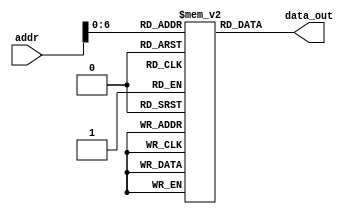
module InstMem (input [7:0] addr, output [31:0] data_out);
 reg [31:0] mem [0:70];
 assign data_out = mem[addr];
 
 initial begin

     //addi x1,x0,1
     //0
     mem[0] = 32'h0x00000013;
     mem[1]=32'h0x00100093 ;
     //addi x2,x0,5
     //4
     mem[2]= 32'h0x00500113 ;
     //addi x3,x0,20
     //8
     mem[3] = 32'h0x01400193;
     //addi x4,x0,1787
     //12
     mem[4] = 32'h0x6fb00213;
     //addi x5,x0,-1234
     //16
     mem[5] = 32'h0xb2e00293;
     //addi x30,x0,-5
     //20
     mem[6] = 32'h0xffb00f13;
     //and x6,x4,x2
     //24
     mem[7] = 32'h0x00227333;
     //andi x6,x4,5
     //28
     mem[8] = 32'h0x00527313;
     //or x7,x3,x1
     //32
     mem[9] = 32'h0x0011e3b3;
     //ori x7, x3, 65
     //36
     mem[10] = 32'h0x0411e393;
     
     //sra x8,x5,x2
     //40
     mem[11]=32'h0x4022d433 ;
     //srai x8,x8,2
     //44
     mem[12]= 32'h0x40245413 ;
     //srl x8,x8,x1
     //48
     mem[13] = 32'h0x00145433;
     //srli x8,x8,3
     //52
     mem[14] = 32'h0x00345413;
     //sll x9,x3,x2
     //56
     mem[15] = 32'h0x002194b3;
     //slli x9,x9,4
     //60
     mem[16] = 32'h0x00449493;
     //xor x10,x4,x5
     //64
     mem[17] = 32'h0x00524533;
     //xori x10,x10,436
     //68
     mem[18] = 32'h0x1b454513;
     //sltu x11,x3,x5
     //72
     mem[19] = 32'h0x0051b5b3;
     //sltiu x11,x4,-463
     //76
     mem[20] = 32'h0xe3123593;
     
     
      //slt x12,x5,x3
      //80
      mem[21]=32'h0x0032a633 ;
      //slti x12,x5,-2
      //84
      mem[22]= 32'h0xffe2a613 ;
      //sub x13,x5,x4
      //88
      mem[23] = 32'h0x404286b3;
      //add x14, x9,x8
      //92
      mem[24] = 32'h0x00848733;
      //sw x5,0(x0)
      //96
      mem[25] = 32'h0x00502023;
      //sh x6,2(x3)
      //100
      mem[26] = 32'h0x00619123;
      //sb x3,1(x3)
      //104
      mem[27] = 32'h0x003180a3;
      //lw x15,0(x0)
      //108
      mem[28] = 32'h0x00002783;
      //lh x16,2(x3)
      //112
      mem[29] = 32'h0x00219803;
      //lb x17,1(x3)
      //116
      mem[30] = 32'h0x00118883;
      
      
      //lhu x18,0(x0)
      //120
      mem[31]=32'h0x00005903 ;
      //lbu x19,3(x0)
      //124
      mem[32]= 32'h0x00304983 ;
      //beq x0,x0,12
      //128
      mem[33] = 32'h0x00000663;
      //addi x0,x0,0
      //132
      mem[34] = 32'h0x00000013;
      //addi x0,x0,0
      //136
      mem[35] = 32'h0x00000013;
      //bne x0,x1,12
      //140
      mem[36] = 32'h0x00101663;
      //addi x0,x0,0
      //144
      mem[37] = 32'h0x00000013;
      //addi x0,x0,0
      //148
      mem[38] = 32'h0x00000013;
      //blt x5,x2,12
      //152
      mem[39] = 32'h0x0022c663;
      //addi x0,x0,0
      //156
      mem[40] = 32'h0x00000013;
      

      //addi x0,x0,0
      //160
      mem[41]=32'h0x00000013 ;
      //bge x4,x1,12
      //164
      mem[42]= 32'h0x00125663 ;
      //addi x0,x0,0
      //168
      mem[43] = 32'h0x00000013;
      //addi x0,x0,0
      //172
      mem[44] = 32'h0x00000013;
      //bltu x2,x5,12
      //176
      mem[45] = 32'h0x00516663;
      //addi x0,x0,0
      //180
      mem[46] = 32'h0x00000013;
      //addi x0,x0,0
      //184
      mem[47] = 32'h0x00000013;
      //bgeu x2,x30,12
      //188
      mem[48] = 32'h0x01e17663;
      //addi x0,x0,0
      //192
      mem[49] = 32'h0x00000013;
      //addi x0,x0,0
      //196
      mem[50] = 32'h0x00000013;

     //jal x20, 16
     //200
     mem[51]=32'h0x01000a6f ;
     //addi x0,x0,0
     //204
     mem[52]= 32'h0x00000013 ;
     //addi x0,x0,0
     //208
     mem[53] = 32'h0x00000013;
     //beq x0,x0,16
     //212
     mem[54] = 32'h0x00000863;
     //jalr x21,x20,4
     //216
     mem[55] = 32'h0x004a0ae7;
     //addi x0,x0,0
     //220
     mem[56] = 32'h0x00000013;
     //addi x0,x0,0
     //224
     mem[57] = 32'h0x00000013;
     //auipc x22, 2134
     //228
     mem[58] = 32'h0x00856b17;
     //lui x23, -12
     //232
     mem[59] = 32'h0xffff4bb7;
     //addi a7,x0,1
     //236
     mem[60] = 32'h0x00100893;
     
     //ecall
     //240
     mem[61]=32'h0x00100093 ;
     //fence 1,1
     //244
     mem[62]= 32'h0x0110000f ;
     //ebreak
     //248
     mem[63] = 32'h0x00100073;
     //addi x0,x0,0
     //252
     mem[64] = 32'h0x00000013;
     //addi x0,x0,0
     //256
     mem[65] = 32'h0x00000013;

 end
endmodule